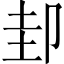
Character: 𭅶